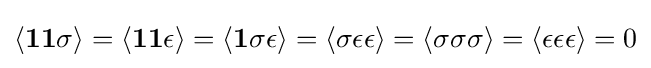
\langle \mathbf {1} \mathbf {1} \sigma \rangle =\langle \mathbf {1} \mathbf {1} \epsilon \rangle =\langle \mathbf {1} \sigma \epsilon \rangle =\langle \sigma \epsilon \epsilon \rangle =\langle \sigma \sigma \sigma \rangle =\langle \epsilon \epsilon \epsilon \rangle =0